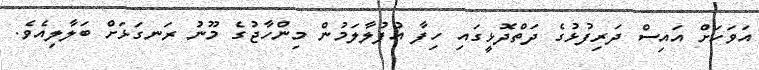
އަވަހަށް އައިސް ދަރިފުޅުގެ ދަތްދޮޅީގައި ހިފާ އުފުލާލަމުން މިންހާޖުގެ މޫނު ރަނގަޅަށް ބަލާލިއެވެ.